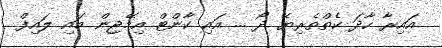
އައިރާ ހާދަ ކެތްތެރިޔޭ ދޯ ... އައި ކާންޓް އިމޭޖިން މައި ލައިފް